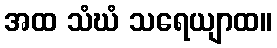
အထ သံဃံ သရေယျာထ။